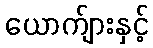
ယောက်ျားနှင့်